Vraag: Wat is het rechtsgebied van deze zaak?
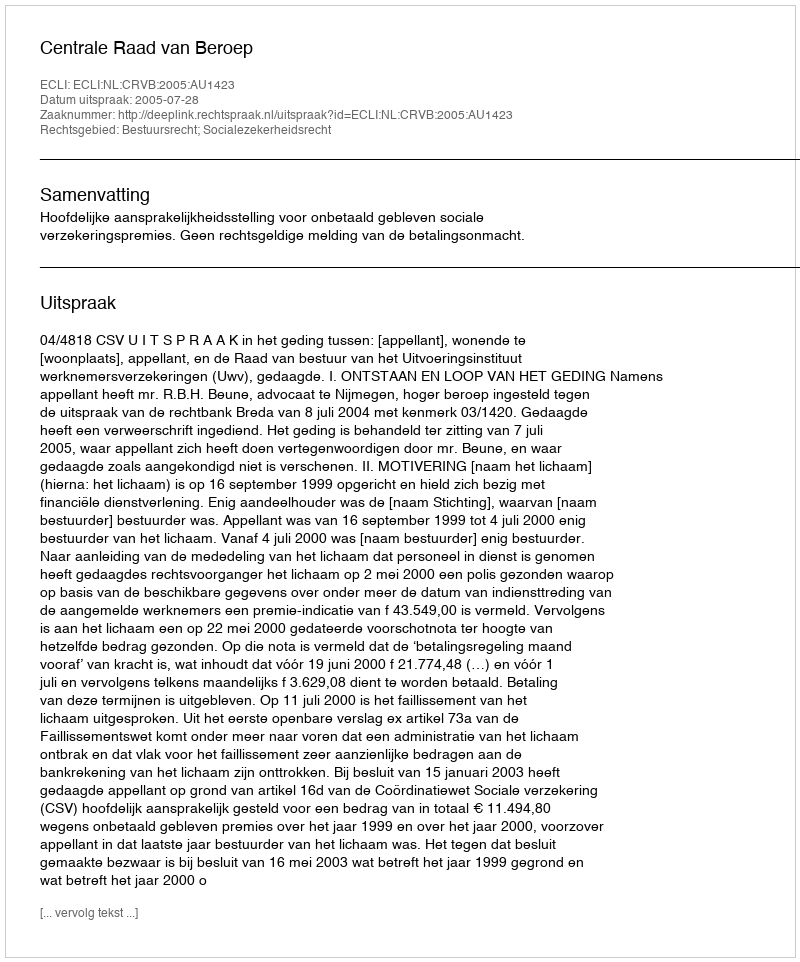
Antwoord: Bestuursrecht; Socialezekerheidsrecht